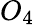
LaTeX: O_{4}